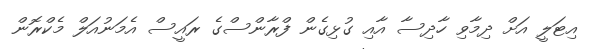
އިޓަލީ އަށް ދިމާވި ހާދިސާ އާއި ގުޅިގެން ފްރާންސްގެ ރައީސް އެމަނުއަލް މެކްރޮން